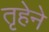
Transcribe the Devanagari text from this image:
तृहेने